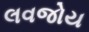
લવજોય